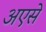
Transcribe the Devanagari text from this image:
अएसे